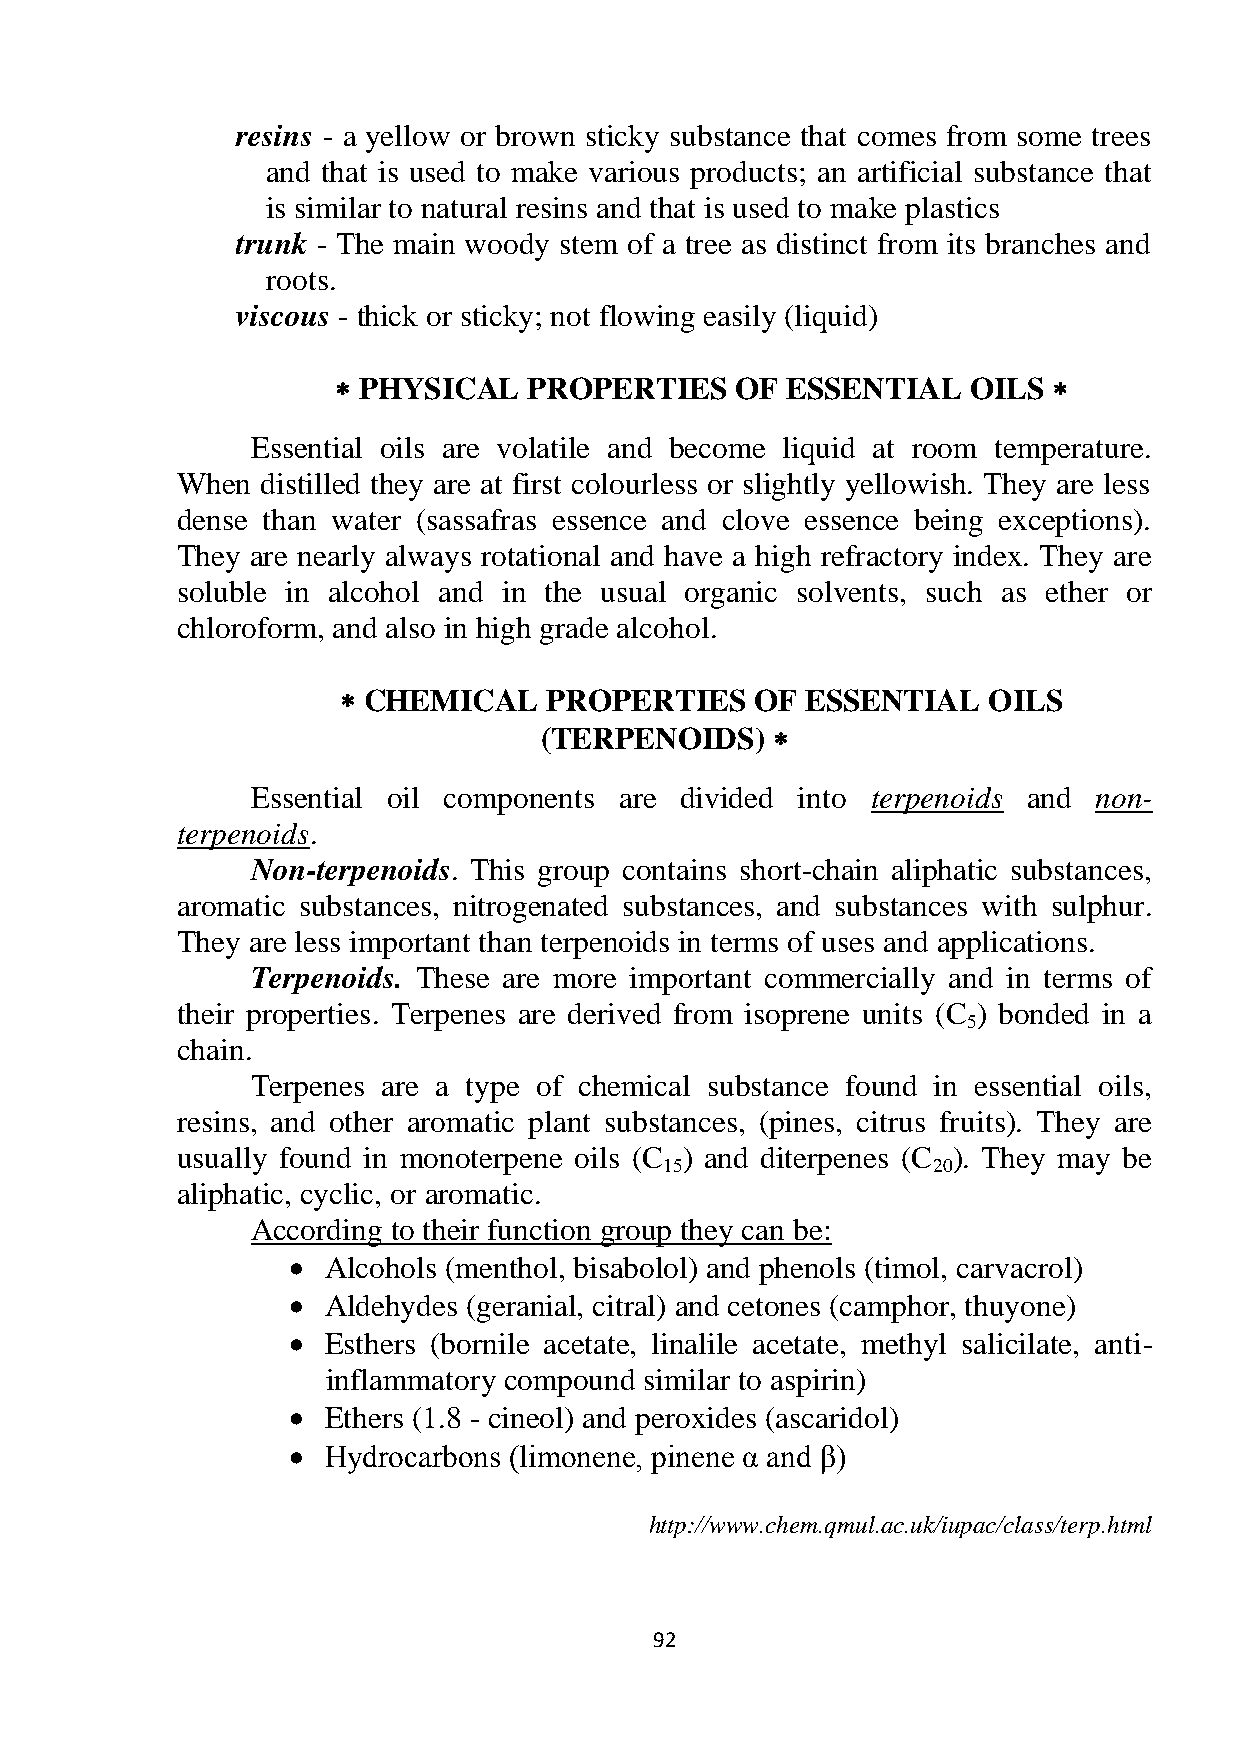
resins - a yellow or brown sticky substance that comes from some trees
 and that is used to make various products; an artificial substance that
 is similar to natural resins and that is used to make plastics
 trunk - The main woody stem of a tree as distinct from its branches and
 roots.
 viscous - thick or sticky; not flowing easily (liquid)
  PHYSICAL   PROPERTIES    OF ESSENTIAL   OILS  
 Essential oils are volatile and become liquid at room temperature.
 When distilled they are at first colourless or slightly yellowish. They are less
 dense than water (sassafras essence and clove essence being exceptions).
 They are nearly always rotational and have a high refractory index. They are
 soluble in alcohol and in the usual organic solvents, such as ether or
 chloroform, and also in high grade alcohol.
  CHEMICAL    PROPERTIES    OF ESSENTIAL   OILS
 (TERPENOIDS)   
 Essential oil components are divided into terpenoids and non-
 terpenoids.
 Non-terpenoids. This group contains short-chain aliphatic substances,
 aromatic substances, nitrogenated substances, and substances with sulphur.
 They are less important than terpenoids in terms of uses and applications.
 Terpenoids. These are more important commercially and in terms of
 their properties. Terpenes are derived from isoprene units (C ) bonded in a
 5
 chain.
 Terpenes are a type of chemical substance found in essential oils,
 resins, and other aromatic plant substances, (pines, citrus fruits). They are
 usually found in monoterpene oils (C ) and diterpenes (C ). They may be
 15                20
 aliphatic, cyclic, or aromatic.
 According to their function group they can be:
   Alcohols (menthol, bisabolol) and phenols (timol, carvacrol)
   Aldehydes (geranial, citral) and cetones (camphor, thuyone)
   Esthers (bornile acetate, linalile acetate, methyl salicilate, anti-
 inflammatory compound similar to aspirin)
   Ethers (1.8 - cineol) and peroxides (ascaridol)
   Hydrocarbons (limonene, pinene α and β)
 http://www.chem.qmul.ac.uk/iupac/class/terp.html
 92